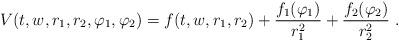
LaTeX: \begin{align*}V(t,w,r_1,r_2,\varphi_1,\varphi_2)=f(t,w,r_1,r_2) + \frac{f_1(\varphi_1)}{r_1^2}+ \frac{f_2(\varphi_2)}{r_2^2} \ .\end{align*}